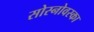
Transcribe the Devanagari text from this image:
सोस्नोवस्का